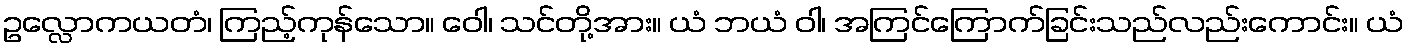
ဥလ္လောကယတံ၊ ကြည့်ကုန်သော။ ဝေါ၊ သင်တို့အား။ ယံ ဘယံ ဝါ၊ အကြင်ကြောက်ခြင်းသည်လည်းကောင်း။ ယံ